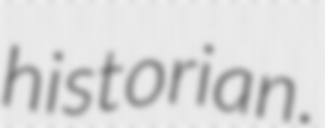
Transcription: historian.